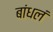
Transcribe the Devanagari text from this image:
बांधलं